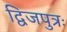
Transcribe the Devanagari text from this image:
द्विजपुत्रः